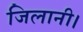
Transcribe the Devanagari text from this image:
जिलानी।